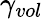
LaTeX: \gamma_{vol}